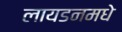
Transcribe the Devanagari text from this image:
लायडनमधे